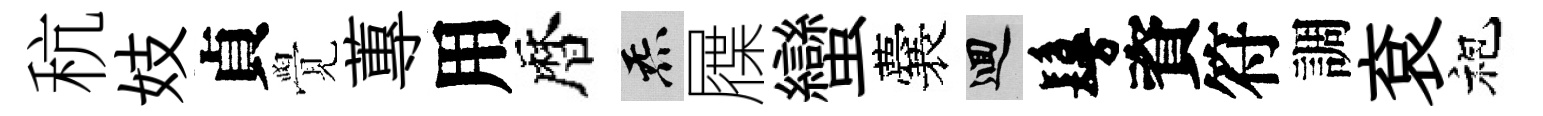
秔妓貞覺蓴用暦炁屧蠻囊回鬘資符調袞袍